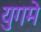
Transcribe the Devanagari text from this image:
युगमे